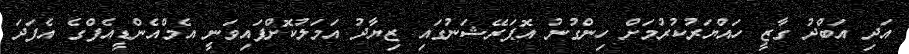
އަދި އަބްދު ގާޒީ ހައްޔަރުކުރުމަށް ހިންގުނު އޮޕަރޭޝަނުގައި ޒިޔާދު އަމަލުކޮށްފައިވަނީ އެމްއެންޑީއެފްގެ އެފަދަ